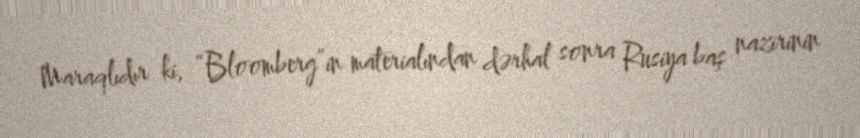
Maraqlıdır ki, “Bloomberg”in materialından dərhal sonra Rusiya baş nazirinin